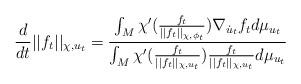
LaTeX: \begin{align*}\frac{d}{dt} ||f_t||_{\chi, u_t}=\frac{\int_M \chi'(\frac{f_t}{||f_t||_{\chi,\phi_t}})\nabla_{\dot{u}_t} f_t d\mu_{u_t}}{\int_M\chi'(\frac{f_t}{||f_t||_{\chi, u_t}}) \frac{f_t}{||f_t||_{\chi, u_t}}d\mu_{u_t}}\end{align*}